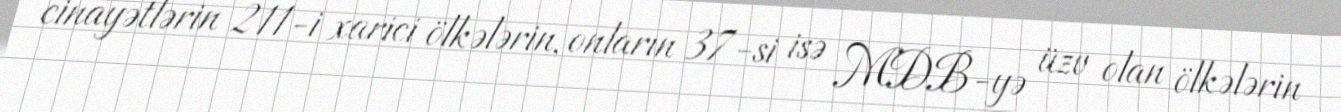
cinayətlərin 211-i xarici ölkələrin, onların 37-si isə MDB-yə üzv olan ölkələrin